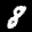
Label: 8